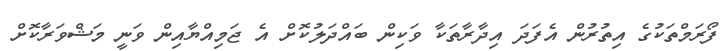
ފޯރަމްތަކުގެ އިތުރުން އެފަދަ އިދާރާތަކާ ވަކިން ބައްދަލުކޮށް އެ ޖަމިއްޔާއިން ވަނީ މަޝްވަރާކޮށް